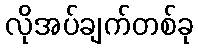
လိုအပ်ချက်တစ်ခု